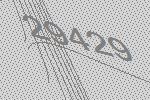
29429